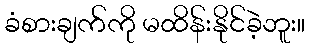
ခံစားချက်ကို မထိန်းနိုင်ခဲ့ဘူး။